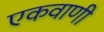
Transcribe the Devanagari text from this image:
एकवाणी